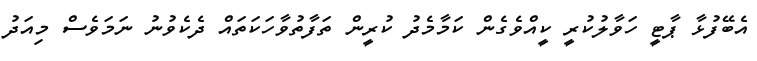
އެބޭފުޅާ ޕާޓީ ހަވާލުކުރީ ކީއްވެގެން ކަމާމެދު ކުރީން ތަފާތުވާހަކަތައް ދެކެވުނު ނަމަވެސް މިއަދު